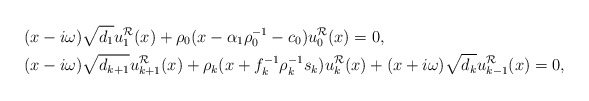
\begin{align*}&(x-i\omega)\sqrt{d_1}u_1^{\mathcal{R}}(x)+\rho_0(x-\alpha_1\rho_0^{-1}-c_0)u_0^{\mathcal{R}}(x)=0, \\&(x-i\omega)\sqrt{d_{k+1}}u_{k+1}^{\mathcal{R}}(x)+\rho_{k}(x+f_{k}^{-1}\rho_{k}^{-1}s_{k})u_{k}^{\mathcal{R}}(x)+(x+i\omega)\sqrt{d_{k}}u_{k-1}^{\mathcal{R}}(x)=0, \end{align*}